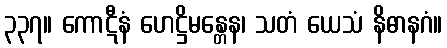
၃၃၇။ ကောဋီနံ ဟေဋ္ဌိမန္တေန၊ သတံ ယေသံ နိဓာနဂံ။